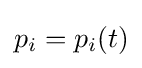
p_{i}=p_{i}(t)